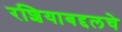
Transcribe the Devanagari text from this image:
रशियाबद्दलचे